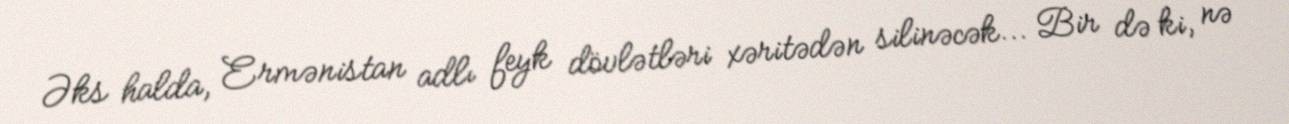
Əks halda, Ermənistan adlı feyk dövlətləri xəritədən silinəcək... Bir də ki, nə